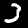
Digit: 3